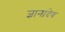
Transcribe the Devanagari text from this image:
ज्ञानादेव